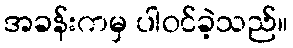
အခန်းကမှ ပါဝင်ခဲ့သည်။